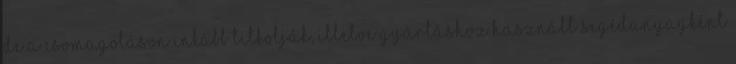
de a csomagoláson inkább titkolják, illetve gyártáshoz használt segédanyagként